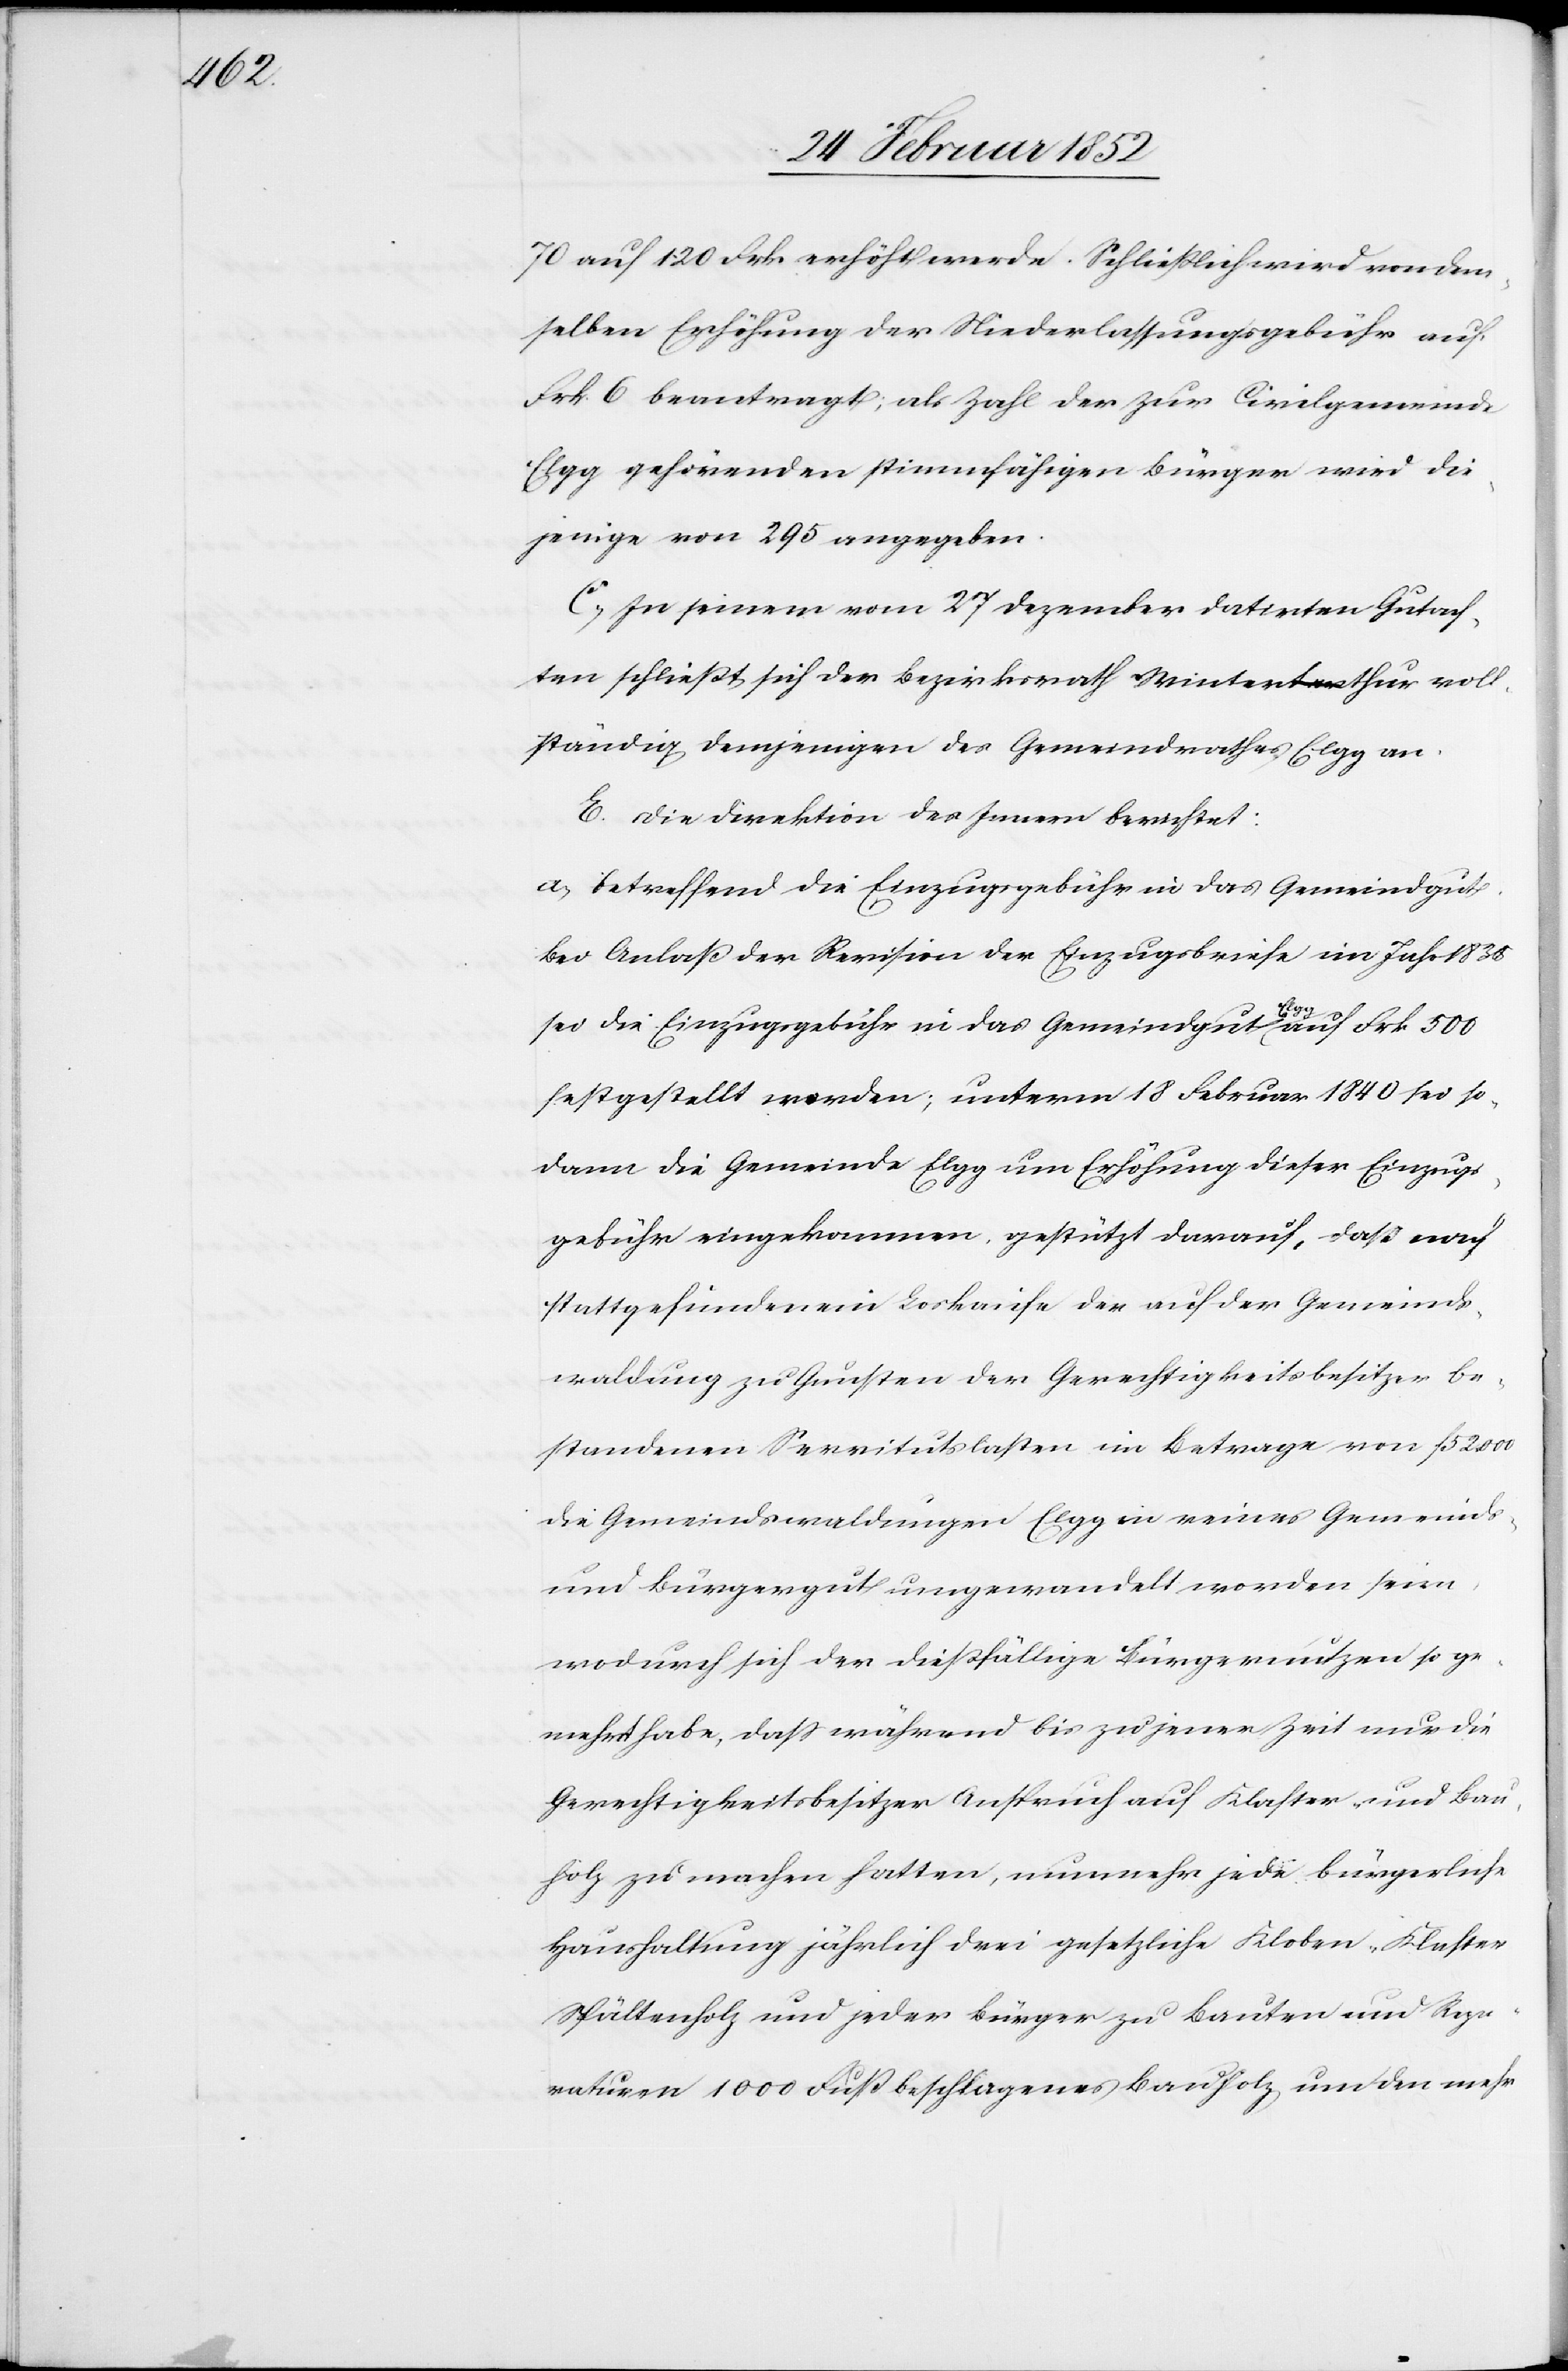
70 auf 130 Frk. erhöht werde. Schließlich wird von dem¬
selben Erhöhung der Niederlassungsgebühr auf
Frk. 6 beantragt, als Zahl der zur Civilgemeinde
Elgg gehörenden stimmfähigen Bürger wird die¬
jenige von 295 angegeben.
C.) In seinem vom 27 Dezember datirten Gutach¬
ten schließt sich der Bezirksrath Winterthur voll¬
ständig demjenigen des Gemeindrathes Elgg an.
c!] Die Direktion des Innern berichtet:
a) betreffend die Einzugsgebühr in das Gemeindgut.
Bei Anlaß der Revision der Einzugsbriefe im Jahr 1835
[si¬
sei die Einzugsgebühr in das Gemeindgut Elgg auf Frk. 500
festgestellt worden; unterm 18 Februar 1840 sei so¬
dann die Gemeinde Elgg um Erhöhung dieser Einzugs¬
gebühr eingekommen, gestützt darauf, daß nach
stattgefundenem Loskaufe der auf der Gemeinds¬
waldung zu Gunsten der Gerechtigkeitsbesitzer be¬
standenen Servitutslasten im Betrage von f 52 000
die Gemeindswaldungen Elgg in reines Gemeinds-
und Bürgergut umgewandelt worden seien,
wodurch sich der dießfällige Bürgernutzen so ge¬
mehrt habe, daß während bis zu jener Zeit nur die
Gerechtigkeitsbesitzer Anspruch auf Klafter- und Bau¬
holz zu machen hatten, nunmehr jede bürgerliche
Haushaltung jährlich drei gesetzliche Kloben-Klafter
Spältenholz und jeder Bürger zu Bauten und Repa¬
raturen 1000 Fuß beschlagenes Bauholz um den mehr